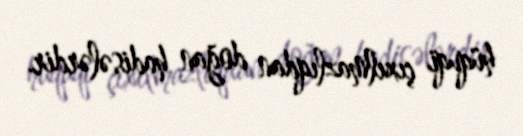
hüquqi çıxılmazlıqdan doğan hadisələrdir.